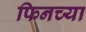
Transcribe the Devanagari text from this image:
फिनच्या